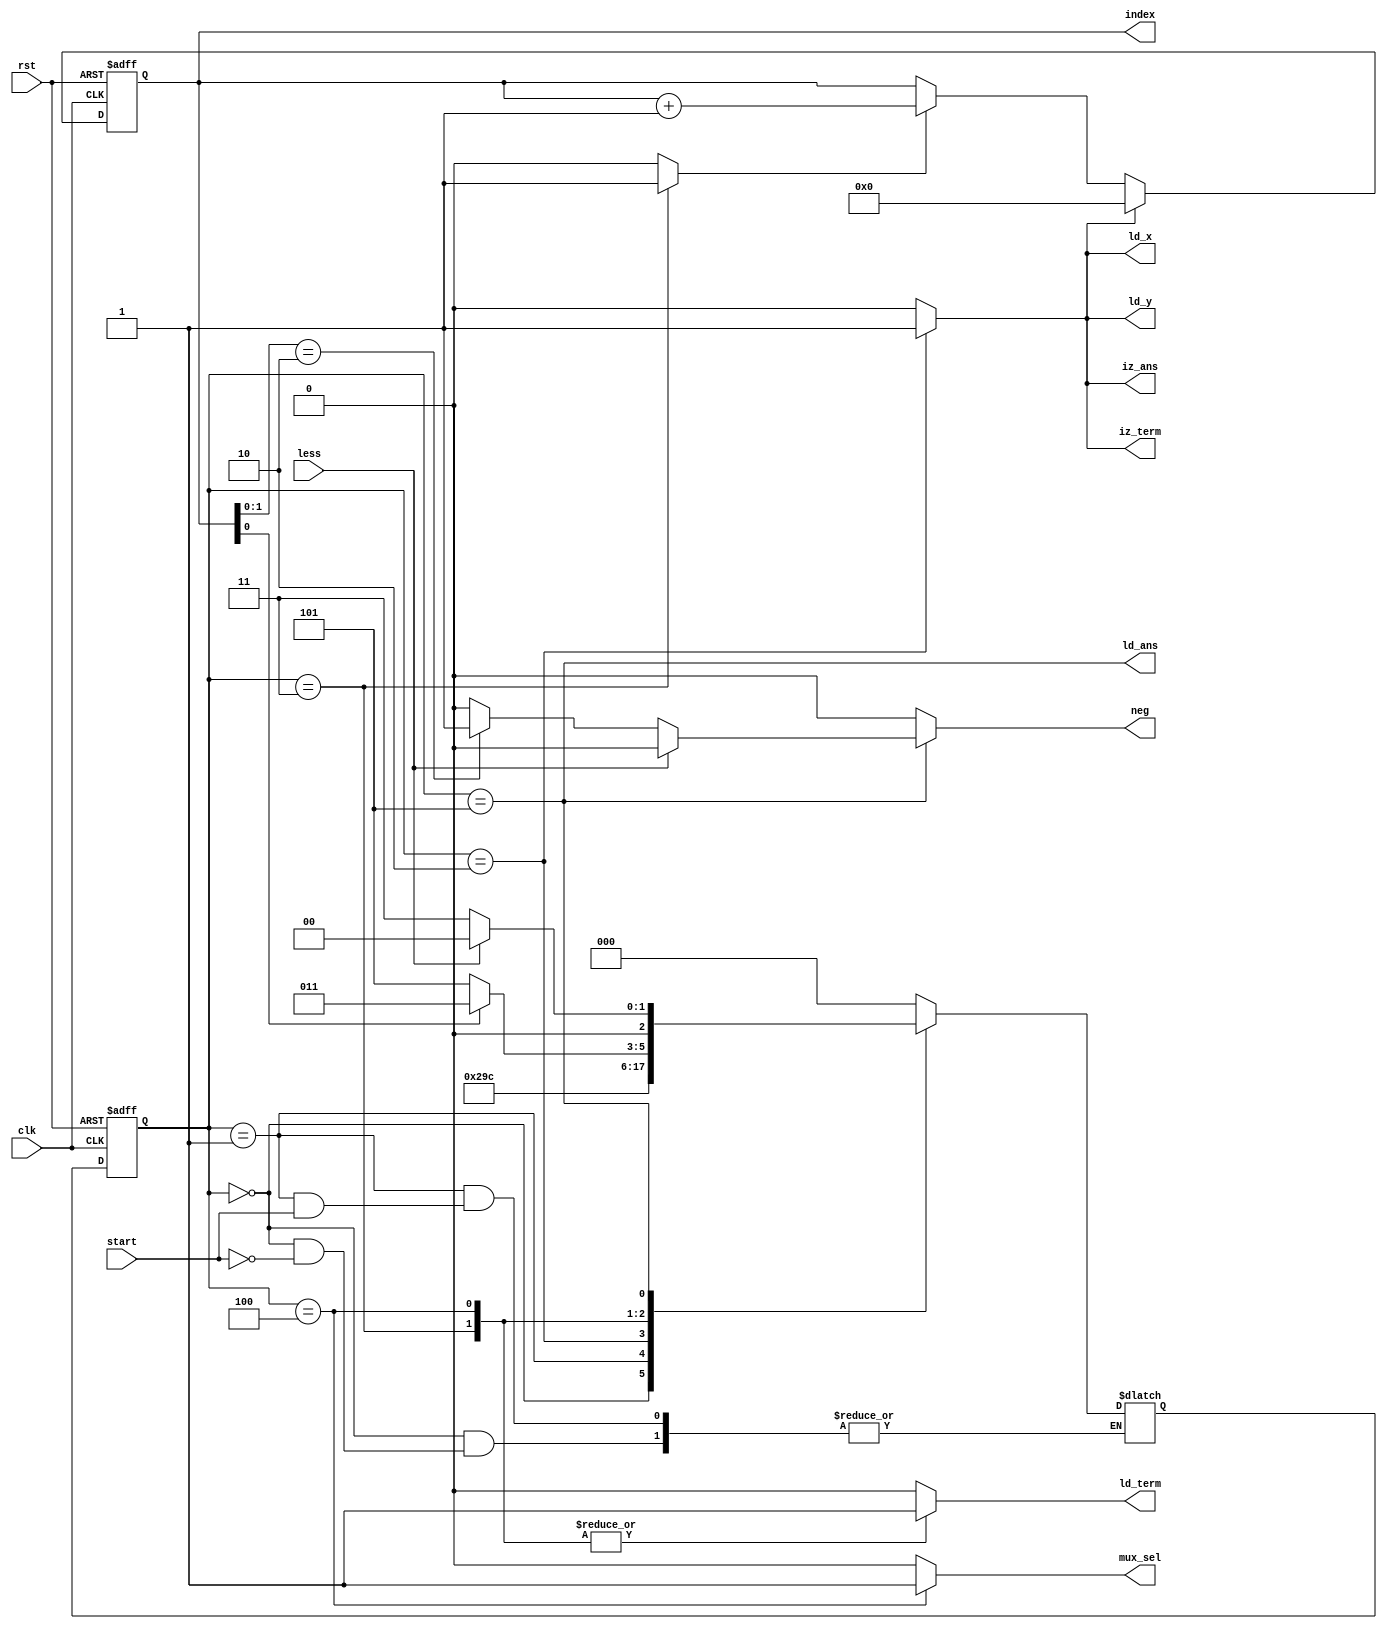
`timescale 1ns/1ns
module Controller(input clk, rst, start, less,
	output ld_x, ld_y, ld_term, iz_term, mux_sel, neg, ld_ans, iz_ans, output [3:0] index
	);

	parameter [2:0] idle = 0, waiting = 1, initalization = 2, multipy = 3, divide = 4, update_ans = 5;
	reg [2:0] state = idle, nextState = idle;

	reg ld_x_reg = 0, ld_y_reg = 0, ld_term_reg = 0, iz_term_reg = 0, mux_sel_reg = 0, neg_reg = 0, ld_ans_reg = 0, iz_ans_reg = 0;

	assign ld_x = ld_x_reg;
	assign ld_y = ld_y_reg;
	assign ld_term = ld_term_reg;
	assign iz_term = iz_term_reg;
	assign ld_ans = state == update_ans;
	assign iz_ans = iz_ans_reg;
	assign mux_sel = mux_sel_reg;
	assign neg = neg_reg;

	reg cen, iz_cnt;
	reg [3:0] cnt_val = 4'b0;

	assign index = cnt_val;

	// Counter
	always @(posedge clk, posedge rst) begin
		if (rst)
			cnt_val <= 4'b0;
		else begin
			if (iz_cnt)
				cnt_val <= 4'b0;
			else begin
				if (cen)
					cnt_val <= cnt_val + 1;
				else
					cnt_val <= cnt_val;
			end
		end
	end

	always @(state, start, less) begin
		cen = 0;
		iz_cnt = 0;
		ld_x_reg = 0;
		ld_y_reg = 0;
		ld_term_reg = 0;
		iz_term_reg = 0;
		mux_sel_reg = 0;
		neg_reg = 0;
		ld_ans_reg = 0;
		iz_ans_reg = 0;

		case (state)
			idle: begin
				if (start)
					nextState = waiting;
			end

			waiting: begin
				if (~start)
					nextState = initalization;
			end

			initalization: begin
				ld_x_reg = 1;
				ld_y_reg = 1;
				iz_cnt = 1;
				iz_term_reg = 1;
				iz_ans_reg = 1;

				nextState = multipy;
			end

			multipy: begin
				ld_term_reg = 1;
				cen = 1;
				nextState = divide;
			end

			divide: begin
				mux_sel_reg = 1;
				ld_term_reg = 1;
				if (cnt_val[0])
					nextState = multipy;
				else
					nextState = update_ans;
			end

			update_ans: begin
				if (less)
					nextState = idle;
				else begin
					ld_ans_reg = 1;
					nextState = multipy;
					if (cnt_val[1:0] == 2'b10)
						neg_reg = 1;
				end
			end
		
			default: nextState = idle;
		endcase
	end

	always @(posedge clk, posedge rst) begin
		if (rst)
			state <= idle;
		else
			state <= nextState;
	end
endmodule